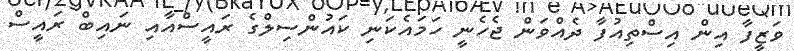
ވަޒީފާ އިން އިސްތިއުފާ ދެއްވަން ޖެހެނީ ހަމައެކަނި ކައުންސިލްގެ ރައީސްއާއި ނައިބް ރައީސް